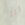
أنا